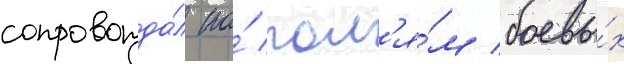
сопровожда́л по́ пол'я́м боевы́х